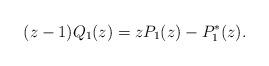
LaTeX: \begin{align*} (z-1)Q_1(z)=zP_1(z)-P_1 ^*(z).\end{align*}